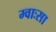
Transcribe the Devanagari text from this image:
म्वाःसा